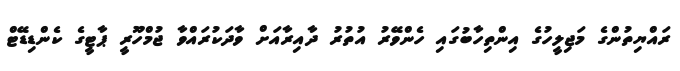
ރައްޔިތުންގެ މަޖިލީހުގެ އިންތިހާބުގައި ހެންވޭރު އުތުރު ދާއިރާއަށް ވާދަކުރައްވާ ޖުމްހޫރީ ޕާޓީގެ ކެންޑިޑޭޓް